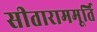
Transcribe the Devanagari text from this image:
सीताराममूर्ति